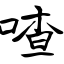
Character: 喳